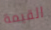
القيمة